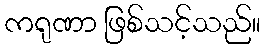
ကရုဏာ ဖြစ်သင့်သည်။